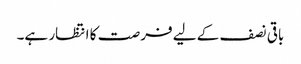
باقی نصف کے لیے فرصت کا انتظار ہے۔